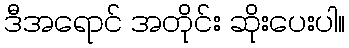
ဒီအရောင် အတိုင်း ဆိုးပေးပါ။